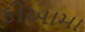
કીઆમા